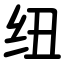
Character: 纽